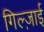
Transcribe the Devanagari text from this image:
गिल्ज़ाई